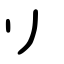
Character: リ